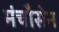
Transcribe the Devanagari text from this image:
मंचौसेन